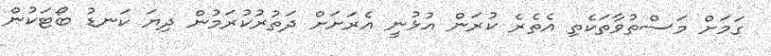
ގަމަށް މަސްތުވާތަކެތި އެތެރެ ކުރަން އުޅުނީ އެރަށަށް ދަތުރުކުރަމުން ދިޔަ ކަނޑު ބޯޓަކުން